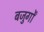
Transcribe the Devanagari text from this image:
बजुर्गों